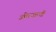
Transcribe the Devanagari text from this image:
ओरजापी